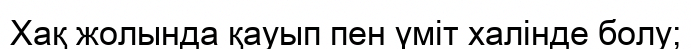
Хақ жолында қауып пен үміт халінде болу;